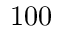
1 0 0